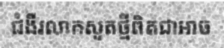
ជំងឺរលាកសួតថ្មីពិតជាអាច